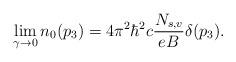
LaTeX: \begin{align*}\lim_{\gamma \to 0} n_0 (p_3) = 4 \pi^2 \hbar^2 c \frac{N_{s,v}}{e B}\delta(p_3).\end{align*}